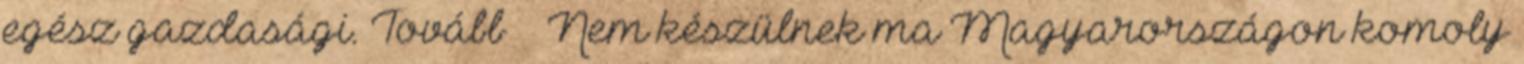
egész gazdasági. Tovább › ›Nem készülnek ma Magyarországon komoly